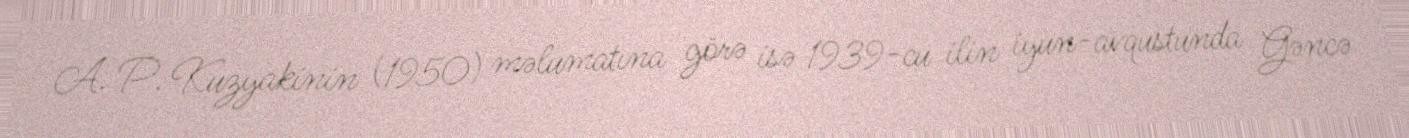
A. P. Kuzyakinin (1950) məlumatına görə isə 1939-cu ilin iyun-avqustunda Gəncə